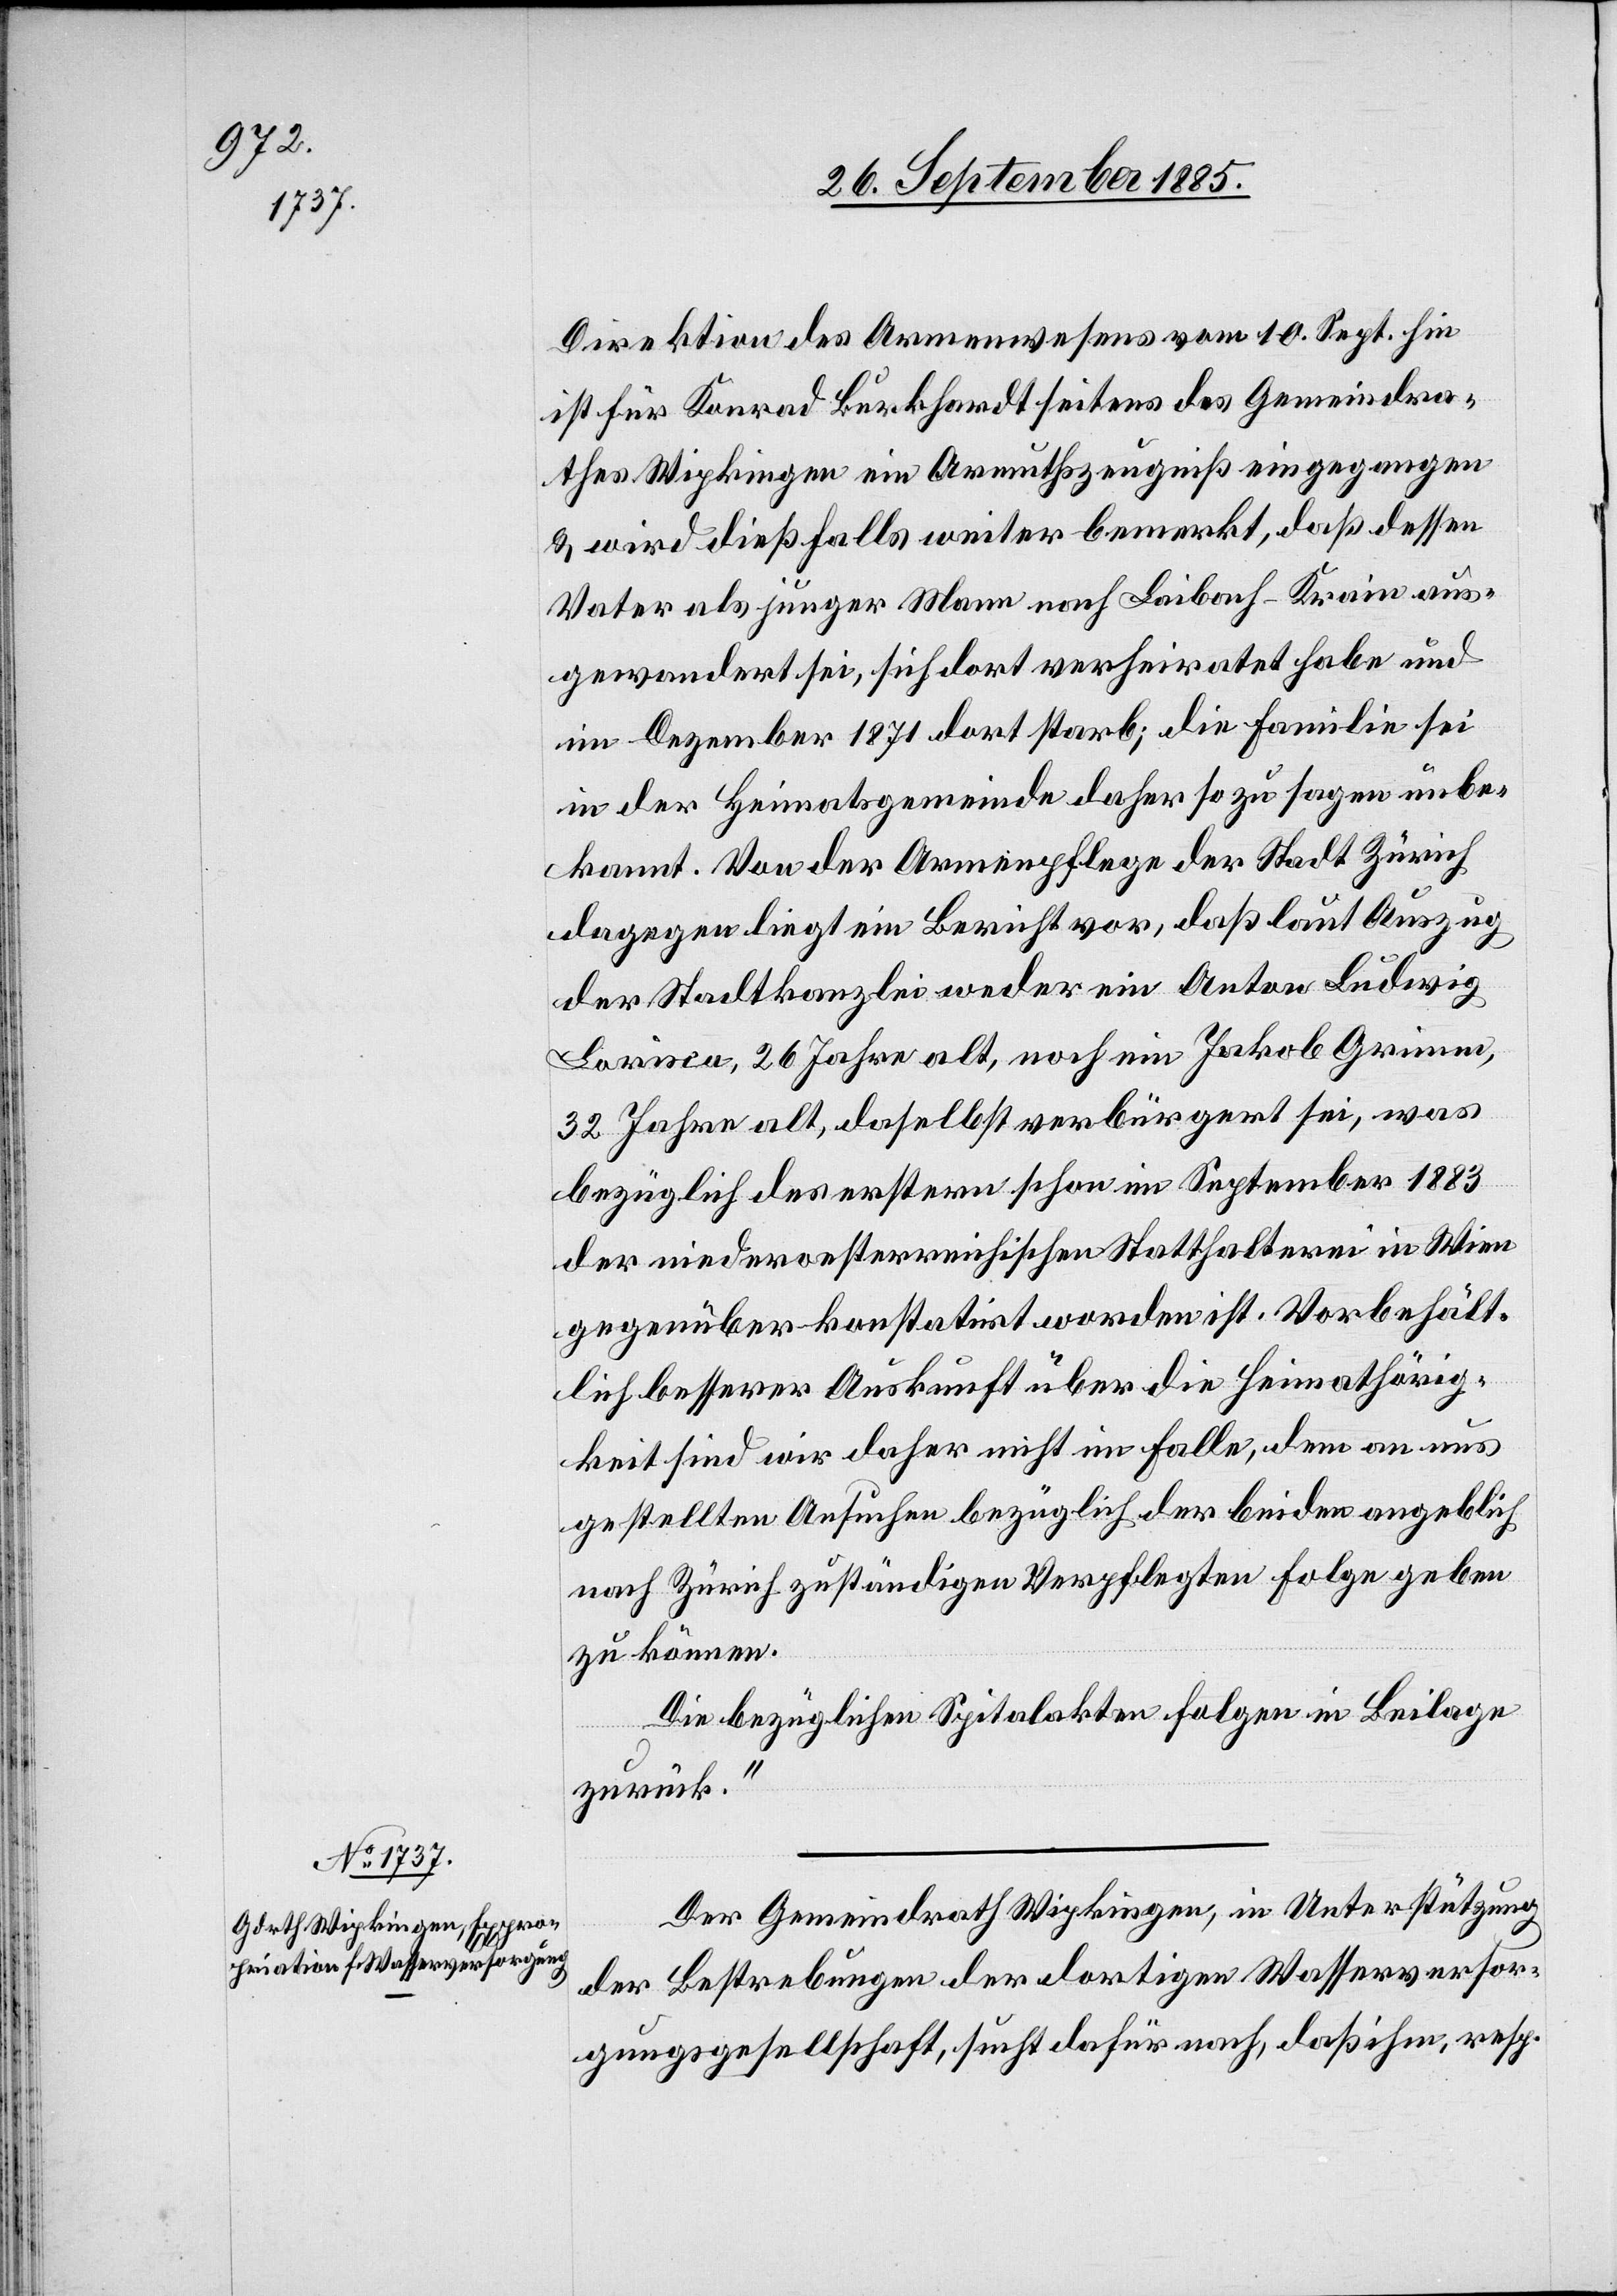
Direktion des Armenwesens vom 10. Sept. hin
ist für Konrad Burkhardt seitens des Gemeindra¬
thes Wipkingen ein Armuthszeugniß eingegangen
& wird dieß falls weiter bemerkt, daß dessen
Vater als junger Mann nach Laibach - Krain aus¬
gewandert sei, sich dort verheiratet habe und
im Dezember 1871 dort starb; die Familie sei
in der Heimatsgemeinde daher so zu sagen unbe¬
kannt. Von der Armenpflege der Stadt Zürich
dagegen liegt ein Bericht vor, daß laut Auszug
der Stadtkanzlei weder ein Anton Ludwig
Lorisca, 26 Jahre alt, noch ein Jakob Grimm,
32 Jahre alt, daselbst verbürgert sei, was
bezüglich des erstern schon im September 1883
der niederoesterreichischen Statthalterei in Wien
gegenüber konstatirt worden ist. Vorbehält¬
lich besserer Auskunft über die Heimathhörig¬
keit sind wir daher nicht im Falle, dem an uns
gestellten Ansuchen bezüglich der beiden angeblich
nach Zürich zuständigen Verpflegten Folge geben
zu können.
Die bezüglichen Spitalakten folgen in Beilage
zurück.“
Der Gemeindrath Wipkingen, in Unterstützung
der Bestrebungen der dortigen Wasserversor¬
gungsgesellschaft, sucht dafür nach, daß ihm, resp.